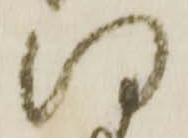
何